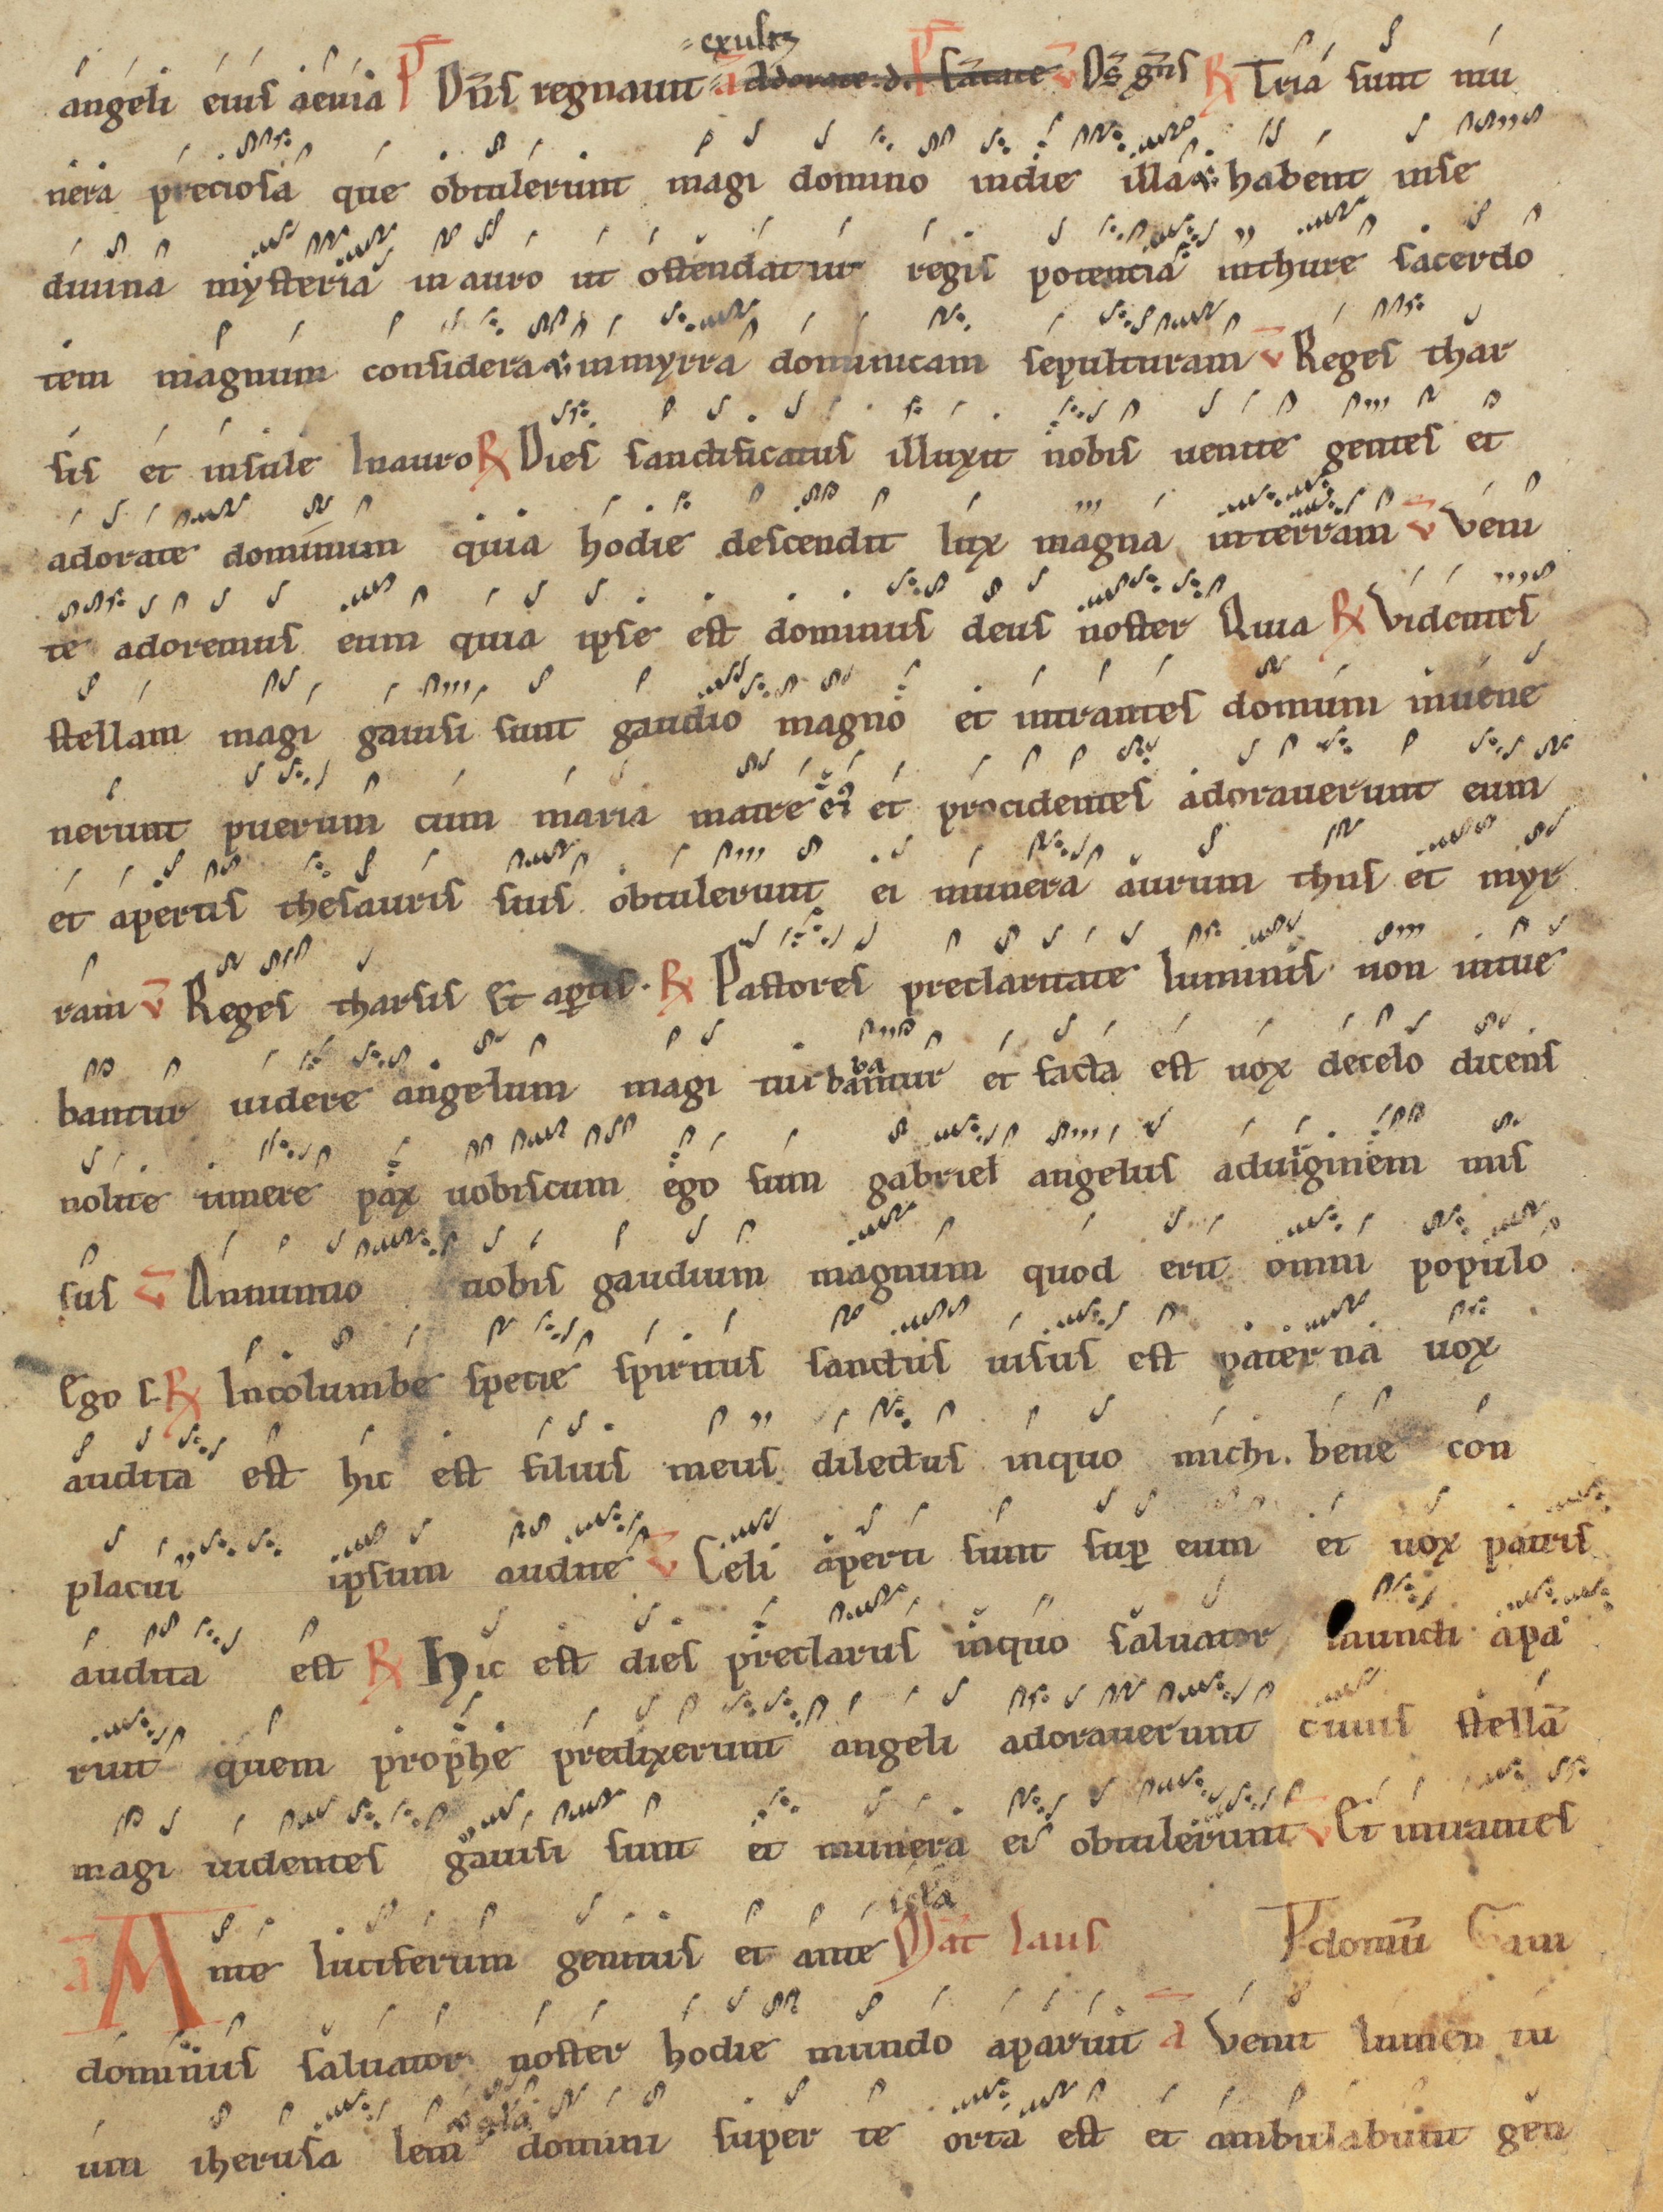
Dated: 1200–1299